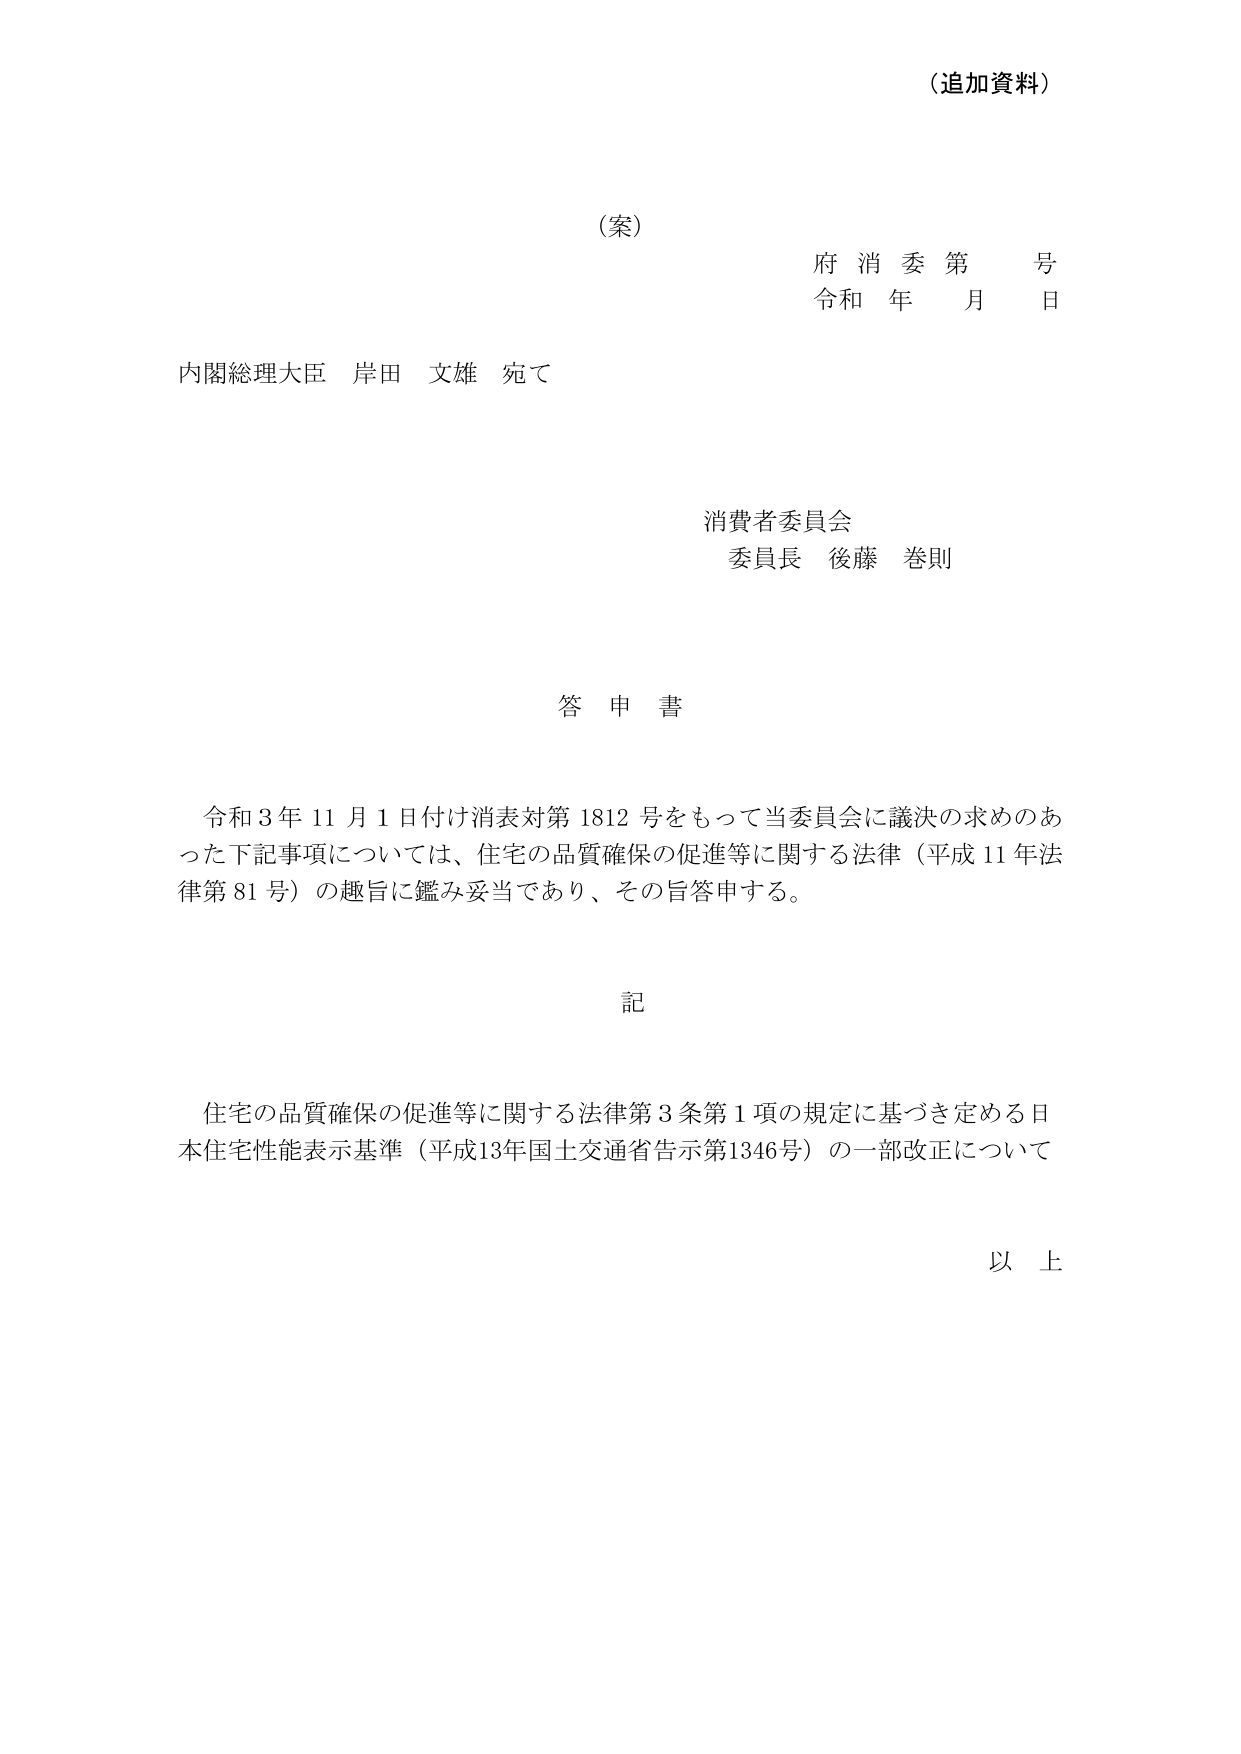
（追加資料）

（案）
府 消 委 第 号
令和 年 月 日

内閣総理大臣 岸田 文雄 宛て

消費者委員会
委員長 後藤 巻則

答 申 書

令和３年１１月１日付け消表対第１８１２号をもって当委員会に議決の求めのあった下記事項については、住宅の品質確保の促進等に関する法律（平成１１年法律第８１号）の趣旨に鑑み妥当であり、その旨答申する。

記

住宅の品質確保の促進等に関する法律第３条第１項の規定に基づき定める日本住宅性能表示基準（平成１３年国土交通省告示第１３４６号）の一部改正について

以 上